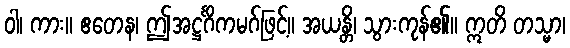
ဝါ၊ ကား။ ဧတေန၊ ဤအဋ္ဌင်္ဂိကမဂ်ဖြင့်။ အယန္တိ၊ သွားကုန်၏။ ဣတိ တသ္မာ၊